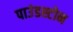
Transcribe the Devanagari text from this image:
पाउंडस्टोन